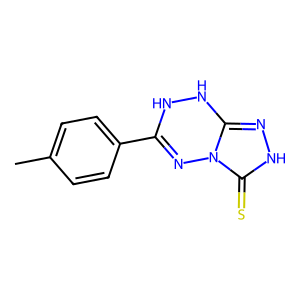
SMILES: Cc1ccc(C2=Nn3c(n[nH]c3=S)NN2)cc1
Inhibits HIV replication: No